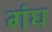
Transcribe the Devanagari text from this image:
गंघ